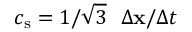
c _ { \mathrm { s } } = 1 / \sqrt { 3 } \ \ \Delta \mathbf { x } / \Delta t